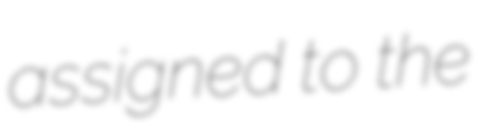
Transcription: assigned to the